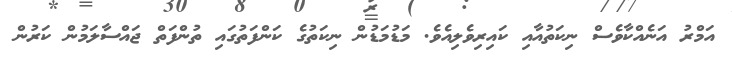
އަމްރު އަނެއްކާވެސް ނިކަތުއާއި ކައިރިވެލިއެވެ. މަޑުމަޑުން ނިކަތުގެ ކަންފަތުގައި ތުންފަތް ޖައްސާލަމުން ކަރުން